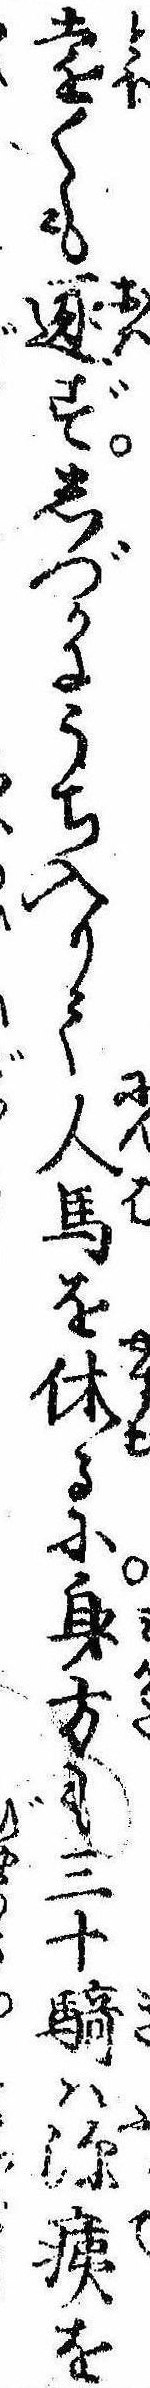
遠くも逐ずしづかにうち入りて人馬を休るに身方も三十騎は深痍を